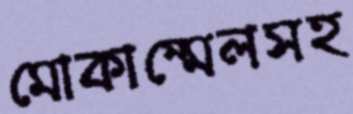
মোকাম্মেলসহ